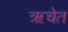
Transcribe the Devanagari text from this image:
ऋचेत